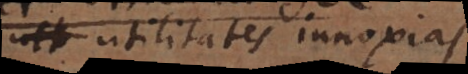
utilitates innoxias